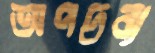
অপদ্রব্য